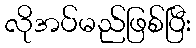
လိုအပ်မည်ဖြစ်ပြီး